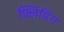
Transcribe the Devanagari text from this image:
फ्लिपिंग